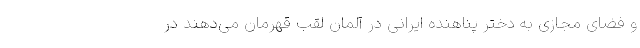
و فضای مجازی به دختر پناهنده ایرانی در آلمان لقب قهرمان می‌دهند در